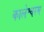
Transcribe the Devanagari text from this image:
कालेश्वरम